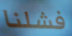
فشلنا